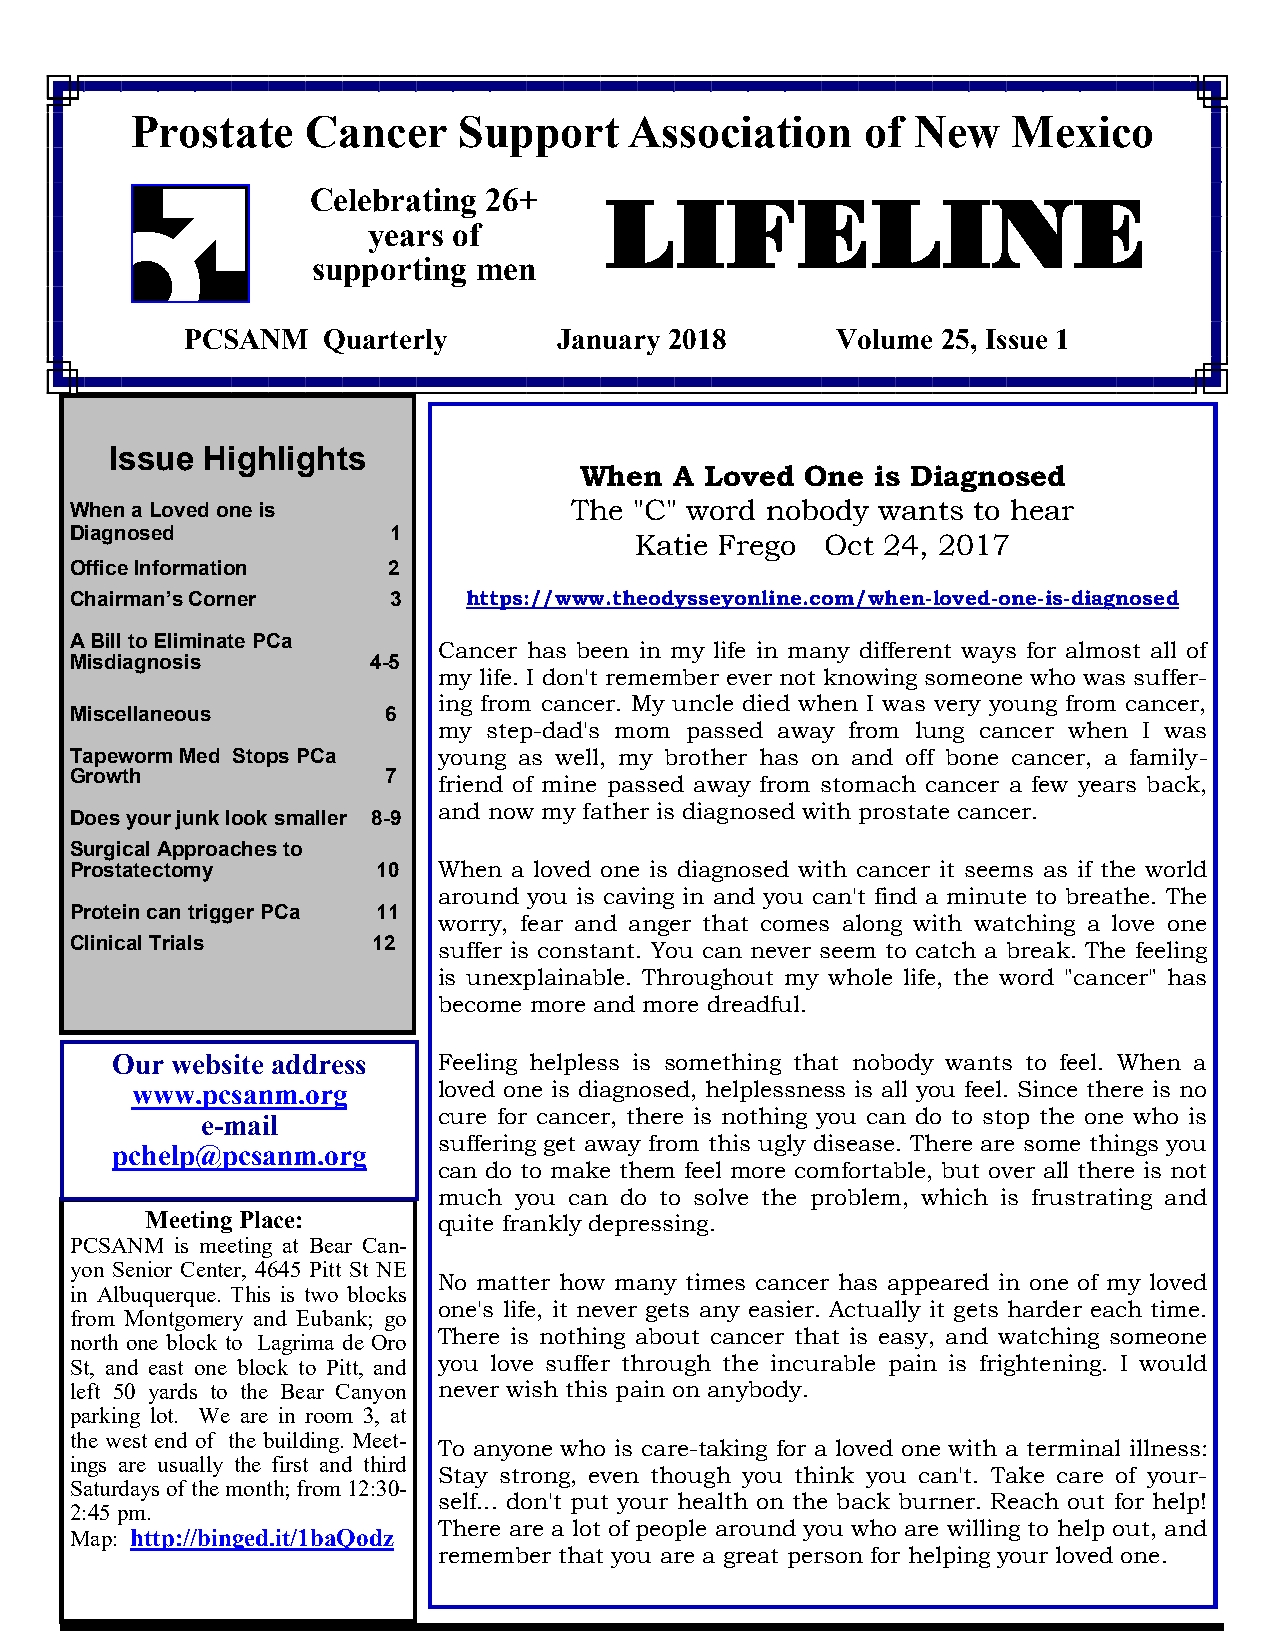
Prostate   Cancer    Support     Association    of New    Mexico
 Celebrating 26+     LIFELINE
 years of
 supporting men
 PCSANM   Quarterly       January 2018      Volume 25, Issue 1
 Issue Highlights
 When   A Loved One  is Diagnosed
 When a Loved one is              The "C" word nobody wants to hear
 Diagnosed            1
 Katie Frego  Oct 24, 2017
 Office Information   2
 Chairman’s Corner    3    https://www.theodysseyonline.com/when-loved-one-is-diagnosed
 A Bill to Eliminate PCa
 Cancer has been in my life in many different ways for almost all of
 Misdiagnosis       4-5
 my life. I don't remember ever not knowing someone who was suffer-
 ing from cancer. My uncle died when I was very young from cancer,
 Miscellaneous        6
 my step-dad's mom passed away from lung cancer when I was
 Tapeworm Med Stops PCa  young as well, my brother has on and off bone cancer, a family-
 Growth               7
 friend of mine passed away from stomach cancer a few years back,
 and now my father is diagnosed with prostate cancer.
 Does your junk look smaller 8-9
 Surgical Approaches to
 Prostatectomy       10  When a loved one is diagnosed with cancer it seems as if the world
 around you is caving in and you can't find a minute to breathe. The
 Protein can trigger PCa 11
 worry, fear and anger that comes along with watching a love one
 Clinical Trials     12
 suffer is constant. You can never seem to catch a break. The feeling
 is unexplainable. Throughout my whole life, the word "cancer" has
 become more and more dreadful.
 Our website address   Feeling helpless is something that nobody wants to feel. When a
 www.pcsanm.org      loved one is diagnosed, helplessness is all you feel. Since there is no
 e-mail          cure for cancer, there is nothing you can do to stop the one who is
 suffering get away from this ugly disease. There are some things you
 pchelp@pcsanm.org
 can do to make them feel more comfortable, but over all there is not
 much you can do to solve the problem, which is frustrating and
 Meeting Place:     quite frankly depressing.
 PCSANM is meeting at Bear Can-
 yon Senior Center, 4645 Pitt St NE
 No matter how many times cancer has appeared in one of my loved
 in Albuquerque. This is two blocks
 one's life, it never gets any easier. Actually it gets harder each time.
 from Montgomery and Eubank; go
 There is nothing about cancer that is easy, and watching someone
 north one block to Lagrima de Oro
 St, and east one block to Pitt, and you love suffer through the incurable pain is frightening. I would
 left 50 yards to the Bear Canyon never wish this pain on anybody.
 parking lot. We are in room 3, at
 the west end of the building. Meet-
 To anyone who is care-taking for a loved one with a terminal illness:
 ings are usually the first and third
 Stay strong, even though you think you can't. Take care of your-
 Saturdays of the month; from 12:30-
 self... don't put your health on the back burner. Reach out for help!
 2:45 pm.
 There are a lot of people around you who are willing to help out, and
 Map: http://binged.it/1baQodz
 remember that you are a great person for helping your loved one.